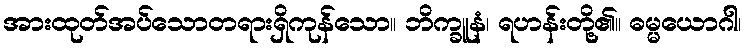
အားထုတ်အပ်သောတရားရှိကုန်သော။ ဘိက္ခူနံ၊ ရဟန်းတို့၏။ ဓမ္မယောဂါ၊